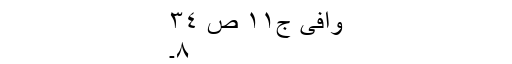
وافی ج١١ ص ٣٤
٨۔